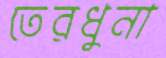
তেরধুনা